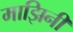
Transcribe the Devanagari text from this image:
माझिनी